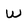
Character: w